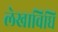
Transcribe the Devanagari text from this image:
लेखाविधि